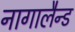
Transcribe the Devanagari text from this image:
नागालैन्ड